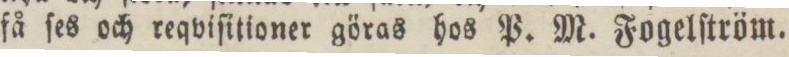
få ſes och reqviſitioner göras hos P. M. Fogelſtröm.